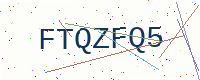
Text: FTQZFQ5